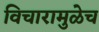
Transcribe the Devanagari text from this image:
विचारामुळेच